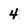
Character: 4